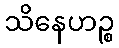
သိနေဟဉ္စ